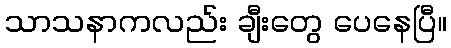
သာသနာကလည်း ချီးတွေ ပေနေပြီ။